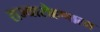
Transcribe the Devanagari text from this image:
राज्यारोहणाला